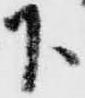
下